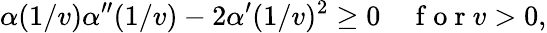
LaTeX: \alpha(1/v)\alpha^{\prime\prime}(1/v)-2\alpha^{\prime}(1/v)^{2}\geq 0\quad\mathrm{~f~o~r~}v>0,